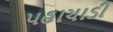
પહાચાડી